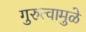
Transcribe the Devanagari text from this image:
गुरुत्वामुळे